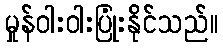
မှုန်ဝါးဝါးပြုံးနိုင်သည်။